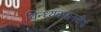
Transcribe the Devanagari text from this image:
विन्ध्यवासनतीर्थ